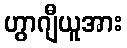
ဟွာဂျီယူအား